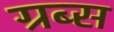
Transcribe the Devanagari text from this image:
ग्रब्स